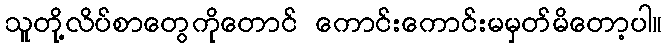
သူတို့လိပ်စာတွေကိုတောင် ကောင်းကောင်းမမှတ်မိတော့ပါ။